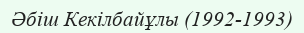
Әбіш Кекілбайұлы (1992-1993)